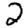
Digit: 2